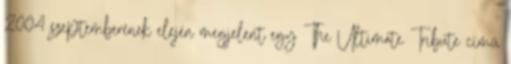
2004 szeptemberének elején megjelent egy The Ultimate Tribute című